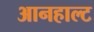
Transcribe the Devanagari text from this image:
आनहाल्ट